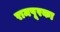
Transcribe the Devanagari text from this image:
रामपूरका